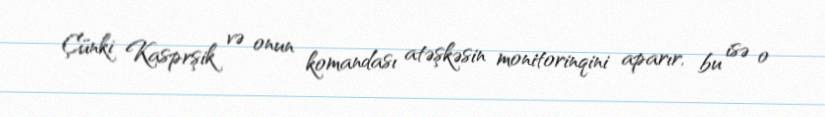
Çünki Kasprşik və onun komandası atəşkəsin monitorinqini aparır, bu isə o